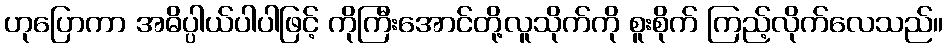
ဟုပြောကာ အဓိပ္ပါယ်ပါပါဖြင့် ကိုကြီးအောင်တို့လူသိုက်ကို စူးစိုက် ကြည့်လိုက်လေသည်။